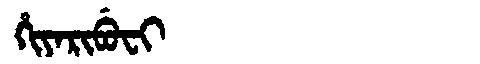
Manchu: ᡥᡳᠶᠠᡵᡳᠪᡠᠸᡳ
Romanization: HIYARIBUFI